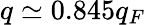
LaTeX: q\simeq 0.845q_{F}